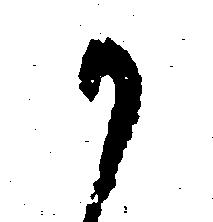
か